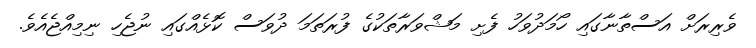
ވެރިރަށް އަސްތާނާގައި ހޯމަދުވަހު ފެށި މަޝްވަރާތަކުގެ ފުރަތަމަ ދުވަސް ކޮޅެއްގައި ނުޖެހި ނިމިއްޖެއެވެ.